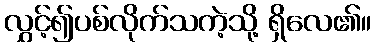
လွှင့်၍ပစ်လိုက်သကဲ့သို့ ရှိလေ၏။